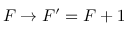
F \rightarrow F ^ { \prime } = F + 1